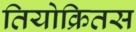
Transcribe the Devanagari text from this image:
तियोक्रितस